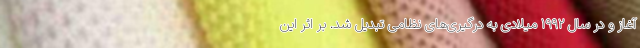
آغاز و در سال ۱۹۹۲ میلادی به درگیری‌های نظامی تبدیل شد. بر اثر این